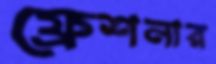
ফ্রেশনার